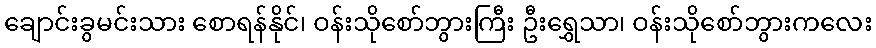
ချောင်းခွမင်းသား စောရန်နိုင်၊ ဝန်းသိုစော်ဘွားကြီး ဦးရွှေသာ၊ ဝန်းသိုစော်ဘွားကလေး